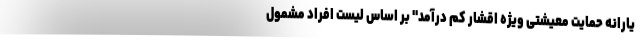
یارانه حمایت معیشتی ویژه اقشار کم درآمد" بر اساس لیست افراد مشمول